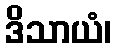
ဒိသာယံ၊